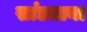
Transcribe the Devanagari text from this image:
सांडताना